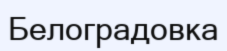
Белоградовка